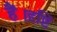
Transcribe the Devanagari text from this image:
हैं।दृष्टि